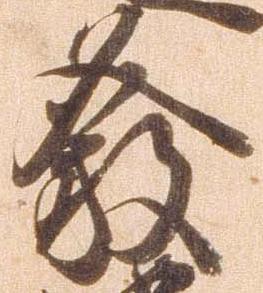
発